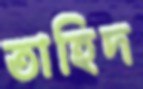
তাহিদ